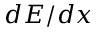
d E / d x